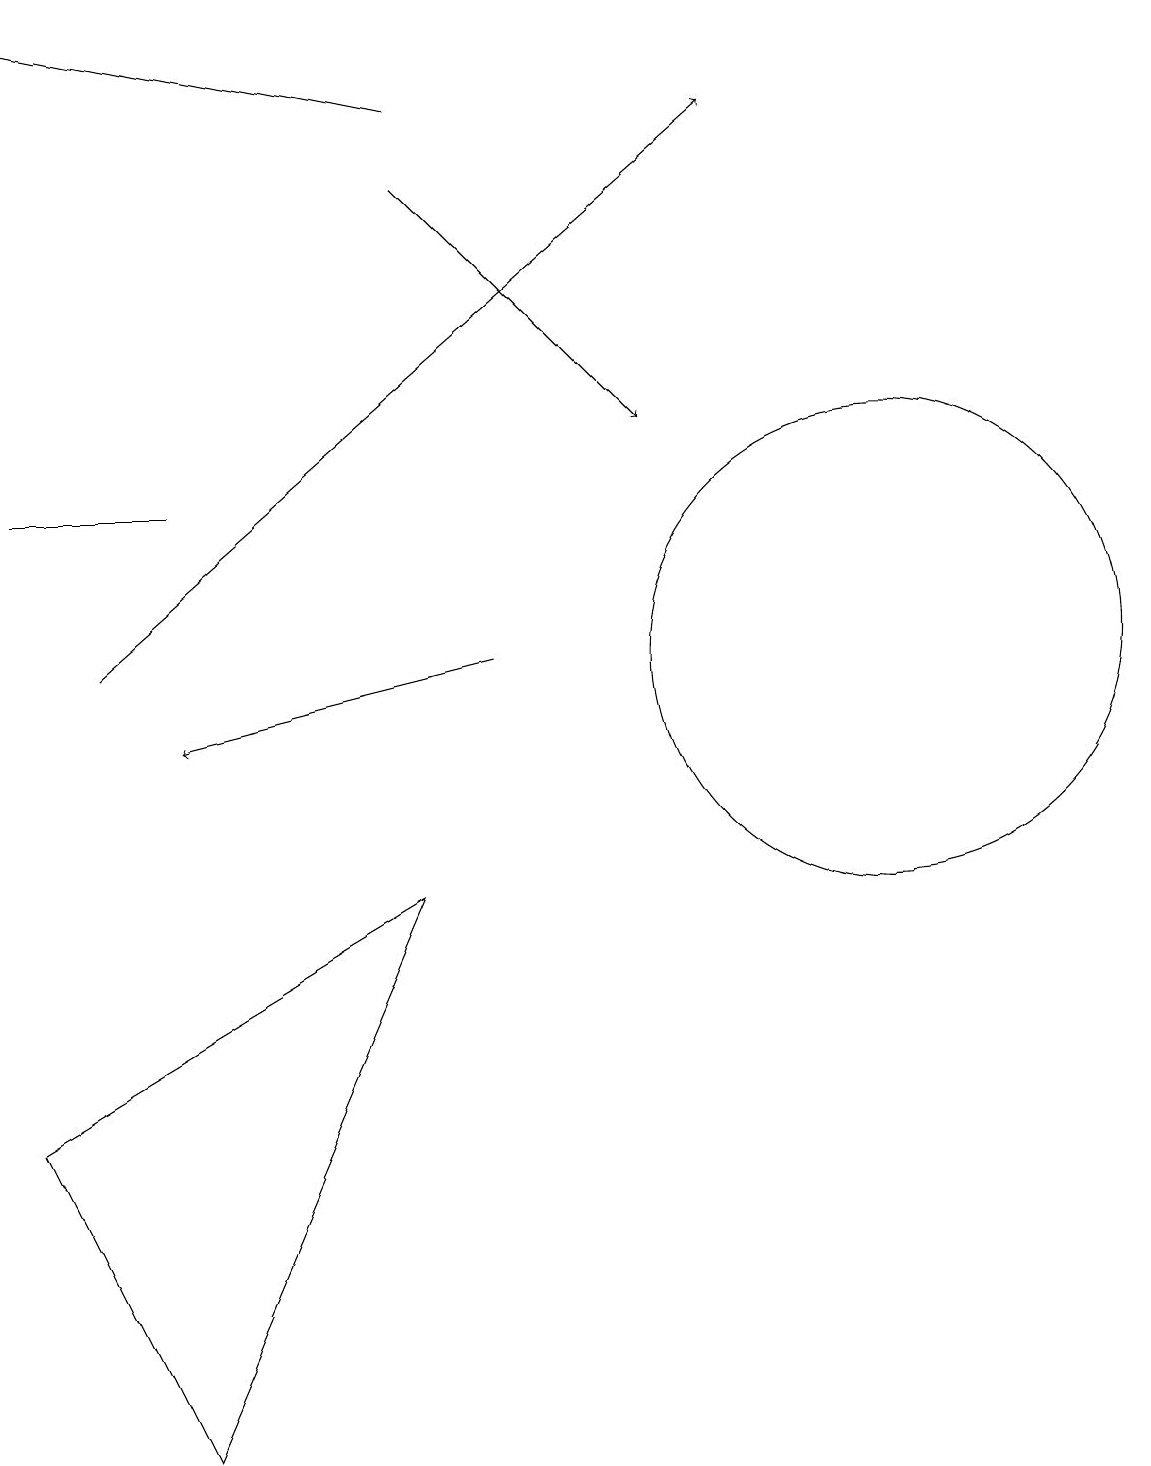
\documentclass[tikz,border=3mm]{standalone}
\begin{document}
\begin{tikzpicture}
\draw[->] (6,11) -- (2,10);
\draw[->] (5,18) -- (0,19);
\draw[->] (5,17) -- (8,14);
\draw (0,13) rectangle (2,13);
\draw (11,11) circle (3);
\draw (2,1) -- (0,5) -- (5,8) -- cycle;
\draw[->] (1,11) -- (9,18);
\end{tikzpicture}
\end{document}